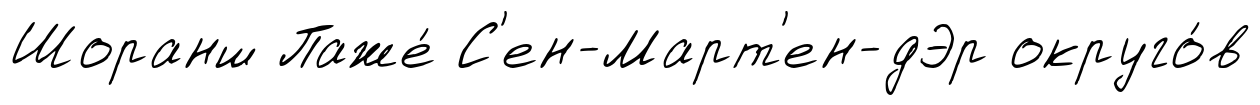
Шоранш Паже́ С'ен-Март'ен-дЭр округо́в